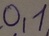
Text: 0,1